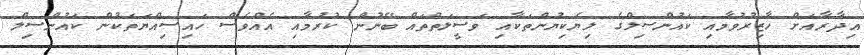
އިދާރާއަށް ހާޒިރުވުމާއި ކައުންސިލްގެ ލިޔެކިޔުންތަކާއި ވަސީލަތްތައް ބޭނުން ކުރުމާއި އެއްވެސް ހައިސިއްޔަތަކުން ކައުންސިލް